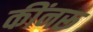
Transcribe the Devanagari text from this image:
कींनरू